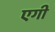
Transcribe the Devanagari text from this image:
एगी